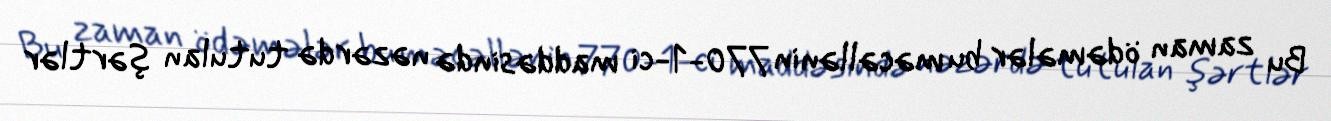
Bu zaman ödəmələr bu məcəllənin 770-1-ci maddəsində nəzərdə tutulan şərtlər